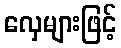
လှေများဖြင့်